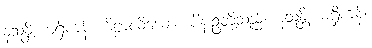
နသန္တိ၊ မရှိကုန်။ ဗိဠာလိယော၊ ပိန်းဥတို့သည်။ နသန္တိ၊ မရှိကုန်။